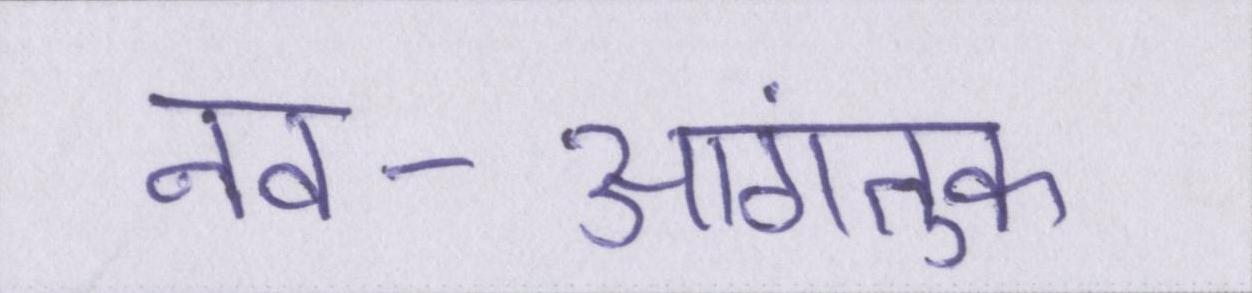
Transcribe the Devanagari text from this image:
नव-आगंतुक